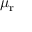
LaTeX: \mu _ { \mathrm { r } }